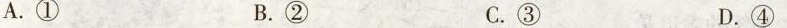
A.① B.② C.③ D.④